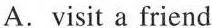
A.visit a friend